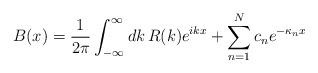
\begin{align*}B(x) = {1\over 2\pi} \int_{-\infty}^{\infty} dk\,R(k) e^{ikx} +\sum_{n=1}^{N} c_{n} e^{-\kappa_{n} x}\end{align*}